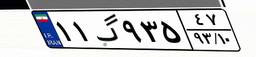
۵۴گ۰۵۵۷۶